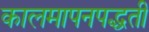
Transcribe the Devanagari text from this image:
कालमापनपद्धती